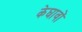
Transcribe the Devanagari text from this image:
केघावों